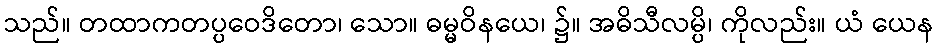
သည်။ တထာကတပ္ပဝေဒိတော၊ သော။ ဓမ္မဝိနယေ၊ ၌။ အဓိသီလမ္ပိ၊ ကိုလည်း။ ယံ ယေန